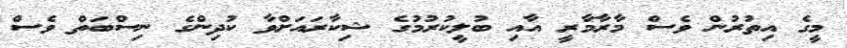
މީގެ އިތުރުން ވެސް މާރާމާރީ އާއި ބުލީކުރުމުގެ ޝިކާރައަށްވާ ކުދިންގެ ނިސްބަތް ވެސް